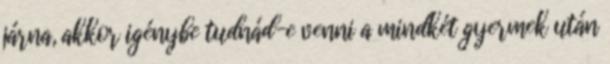
járna, akkor igénybe tudnád-e venni a mindkét gyermek után